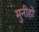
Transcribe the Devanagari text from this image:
मुनीहो